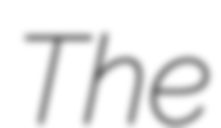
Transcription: The